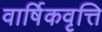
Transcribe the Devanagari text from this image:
वार्षिकवृत्ति